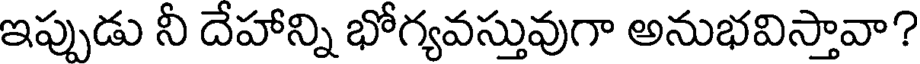
ఇప్పుడు నీ దేహాన్ని భోగ్యవస్తువుగా అనుభవిస్తావా?